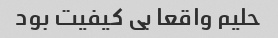
حلیم واقعا بی کیفیت بود